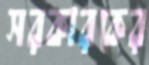
সরকারকের